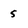
Character: 5